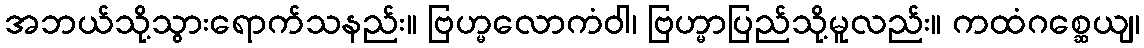
အဘယ်သို့သွားရောက်သနည်း။ ဗြဟ္မလောကံဝါ၊ ဗြဟ္မာပြည်သို့မူလည်း။ ကထံဂစ္ဆေယျ၊